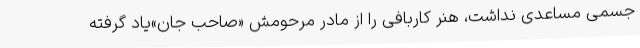
جسمی مساعدی نداشت، هنر کاربافی را از مادر مرحومش «صاحب جان»یاد گرفته